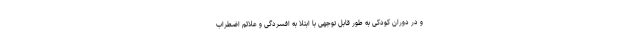
و در دوران کودکی به طور قابل توجهی با ابتلا به افسردگی و علائم اضطراب